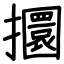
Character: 攌